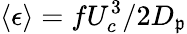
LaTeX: \langle\epsilon\rangle=fU_{c}^{3}/2D_{\mathfrak{p}}